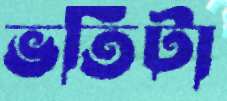
ভর্তিটা